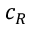
c _ { R }